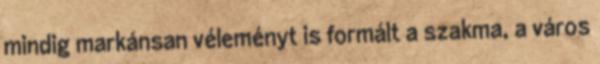
mindig markánsan véleményt is formált a szakma, a város